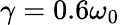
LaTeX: \gamma=0.6\omega_{0}